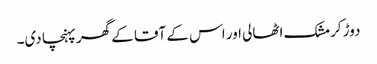
دوڑ کر مشک اٹھالی اور اس کے آقا کے گھر پہنچا دی۔